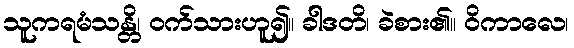
သူကရမံသန္တိ၊ ဝက်သားဟူ၍။ ခါဒတိ၊ ခဲစား၏။ ဝိကာလေ၊